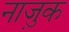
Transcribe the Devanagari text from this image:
नाजु़क